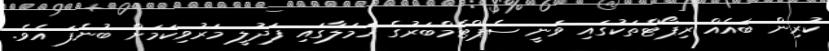
ކުރިން ބައެއް ރިޕޯޓްތަކުގައި ވަނީ ސެޕްޓެމްބަރުގެ ހަމަލާގައި ފަދުލީ މަރުވިކަމަށް ބުނެފަ އެވެ.